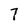
Character: 7